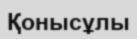
Қонысұлы